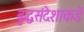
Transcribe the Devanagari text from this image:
बुद्धसंदेशाकडे